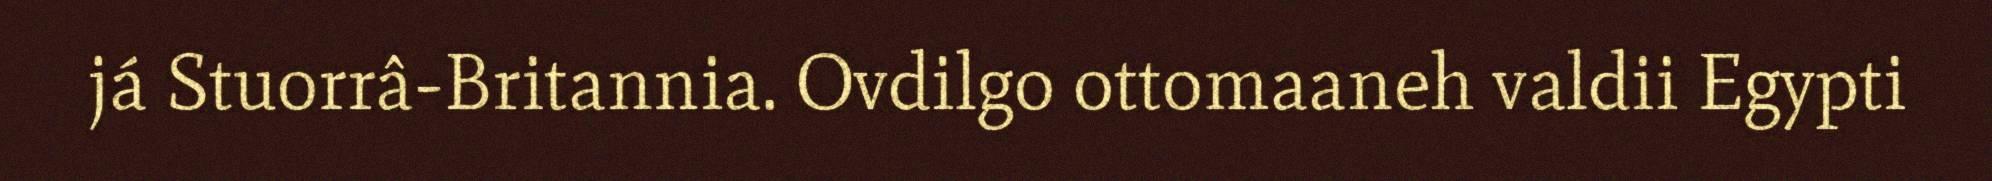
já Stuorrâ-Britannia. Ovdilgo ottomaaneh valdii Egypti